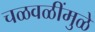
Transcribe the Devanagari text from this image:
चळवळींमुळे